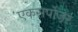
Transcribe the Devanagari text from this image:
एकसपोज़र